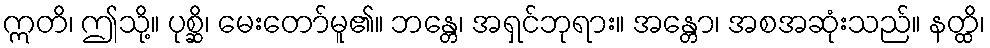
ဣတိ၊ ဤသို့။ ပုစ္ဆိ၊ မေးတော်မူ၏။ ဘန္တေ၊ အရှင်ဘုရား။ အန္တော၊ အစအဆုံးသည်။ နတ္ထိ၊